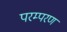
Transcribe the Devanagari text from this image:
परम्परण